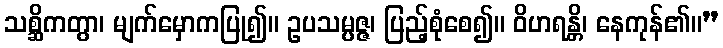
သစ္ဆိကတွာ၊ မျက်မှောကပြု၍။ ဥပသမ္ပဇ္ဇ၊ ပြည့်စုံစေ၍။ ဝိဟရန္တိ၊ နေကုန်၏။”